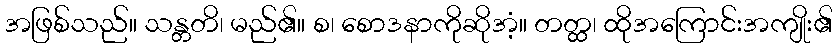
အဖြစ်သည်။ သန္တတိ၊ မည်၏။ စ၊ စောဒနာကိုဆိုအံ့။ တတ္ထ၊ ထိုအကြောင်းအကျိုး၏